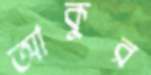
আকুর